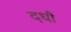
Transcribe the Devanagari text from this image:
दधौ